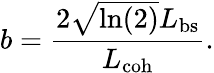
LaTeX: b=\frac{2\sqrt{\ln(2)}L_{\mathrm{bs}}}{L_{\mathrm{coh}}}.